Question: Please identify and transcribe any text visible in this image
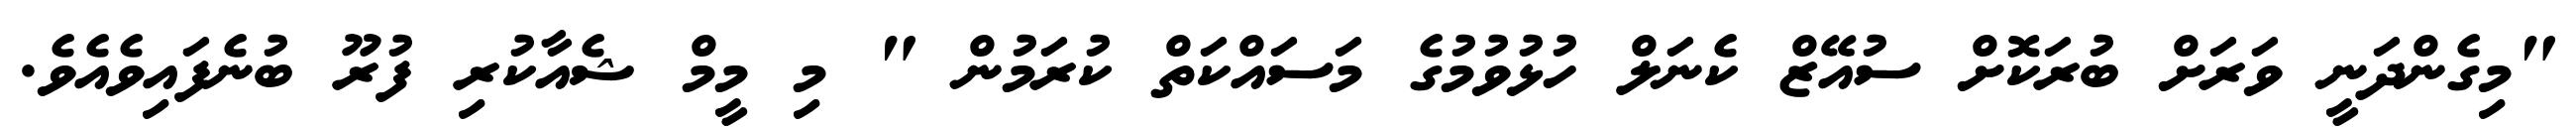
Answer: "މިގެންދަނީ ވަރަށް ބުރަކޮށް ސުއޭޒް ކެނަލް ހުޅުވުމުގެ މަސައްކަތް ކުރަމުން " މި މީމް ޝެއާކުރި ފުރޫ ބުނެފައިވެއެވެ.